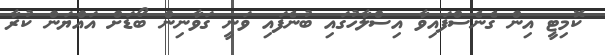
ކޮމިޓީ އިން ގެނެސްފައިވާ އިސްލާހުގައި ބުނެފައި ވަނީ ގަވާނިން ބޯޑަށް އައްޔަން ކުރާ